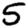
Digit: 5